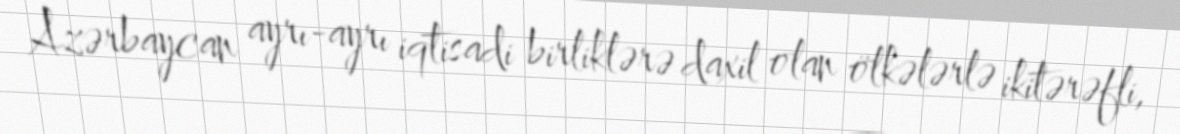
Azərbaycan ayrı-ayrı iqtisadi birliklərə daxil olan ölkələrlə ikitərəfli,